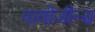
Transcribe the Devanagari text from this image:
पायोजीन्स